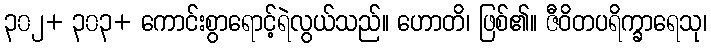
၃၀၂+ ၃၀၃+ ကောင်းစွာရောင့်ရဲလွယ်သည်။ ဟောတိ၊ ဖြစ်၏။ ဇီဝိတပရိက္ခာရေသု၊